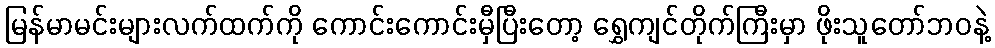
မြန်မာမင်းများလက်ထက်ကို ကောင်းကောင်းမှီပြီးတော့ ရွှေကျင်တိုက်ကြီးမှာ ဖိုးသူတော်ဘဝနဲ့